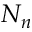
N _ { n }